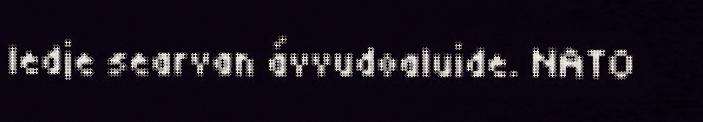
ledje searvan ávvudoaluide. NATO